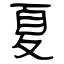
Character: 夏